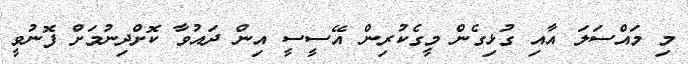
މި މައްސަލަ އާއި ގުޅިގެން މީގެކުރިން އޭސީސީ އިން ދައުވާ ކޮށްދިނުމަށް ފޮނުވީ